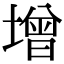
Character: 增